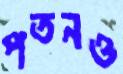
পতনও